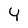
Character: Y